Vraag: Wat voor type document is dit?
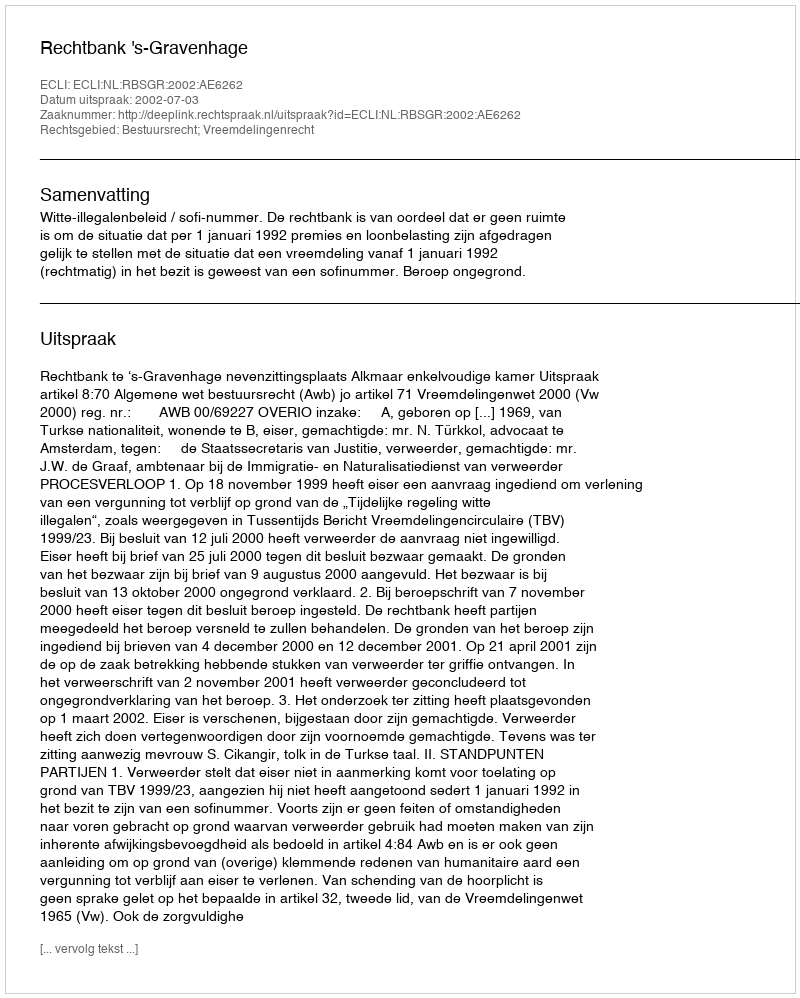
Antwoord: Uitspraak